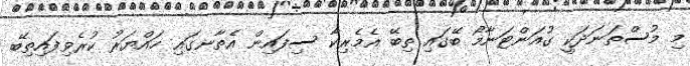
މި މުސްތަނަދަކީ ގުއަންޓަނާމޯ ބޭގައި ތިބޭ އެމެރިކާ ސިފައިން އެތާނގައި ހައްޔަރު ކުރެވިފައިތިބޭ